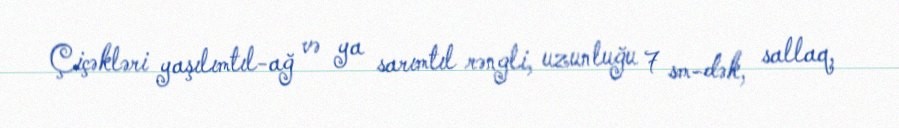
Çiçəkləri yaşılımtıl-ağ və ya sarımtıl rəngli, uzunluğu 7 sm-dək, sallaq,